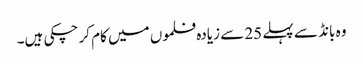
وہ بانڈ سے پہلے 25 سے زیادہ فلموں میں کام کر چکی ہیں۔